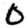
Digit: 0